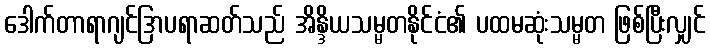
ဒေါက်တာရာဂျင်ဒြာပရာဆတ်သည် အိန္ဒိယသမ္မတနိုင်ငံ၏ ပထမဆုံးသမ္မတ ဖြစ်ပြီးလျှင်